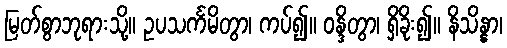
မြတ်စွာဘုရားသို့။ ဥပသင်္ကမိတွာ၊ ကပ်၍။ ဝန္ဒိတွာ၊ ရှိခိုး၍။ နိသိန္နာ၊